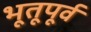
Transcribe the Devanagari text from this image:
भूतूपूर्व